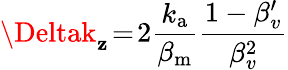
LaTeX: \Deltak_{\mathbf{z}}\! =\! 2\frac{{k_{\mathrm{{a}}}}}{{\beta_{\mathrm{{m}}}}}\frac{{1-\beta_{v}^{\prime}}}{{\beta_{v}^{2}}}